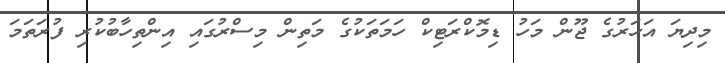
މިދިޔަ އަހަރުގެ ޖޫން މަހު ޑިމޮކްރަޓިކް ހަމަތަކުގެ މަތިން މިސްރުގައި އިންތިހާބުކުރި ފުރަތަމަ